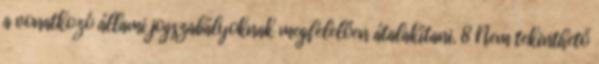
a vonatkozó állami jogszabályoknak megfelelően átalakítani. 8 Nem tekinthető